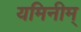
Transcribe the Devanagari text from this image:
यमिनीम्